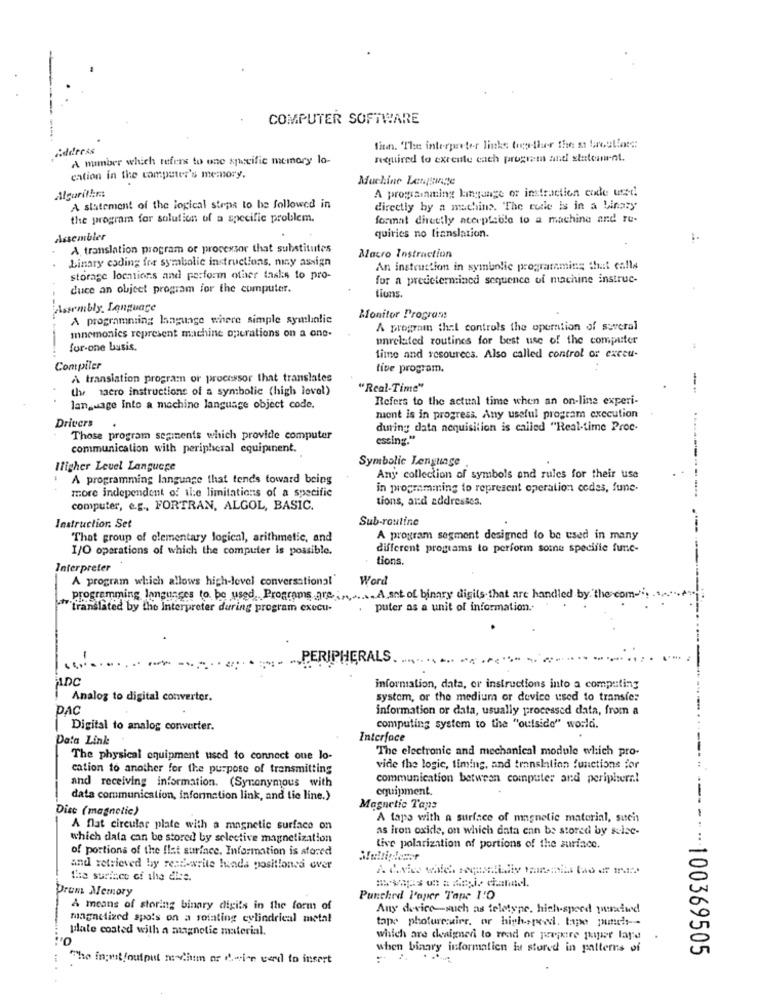
COMPUTER SOFTWARE
address
finn. The interpreter links top-ther the st barcellos ::
A number which refers to one specific memory lo-
required to exrente each program and statoun-nt.
cation in the computer's memory.
Machine Language
A programming language of instruction code used
A statement of the logical steps to be followed in
directly by a machine. "The code is in a binary
the program for solution of a specific problem.
format directly acceptable to a machine and re-
Assembler
quiries no translation.
A translation program or processor that substitutes
Linary coding fre symbolic instructions, may assign
Macro Instruction
An instruction in symbolic programming that calls
storage locations and perform other tasks to pro-
for a predetermined sequence of machine instruc-
duce an object program for the computer.
tions.
Assembly Language
A programming language where simple symlinlie
Monitor Program:
A program that controls the operation of several
mnemonics represent machine operations on a one-
unrelated routines for best use of the computer
for-one basis.
time and resources. Also called control or exceu-
Compiler
tive program.
A translation program or processor that translates
-
Uhr sacro instructions of a symbolic (high level)
"Real-Time"
Refers to the actual time when an on-line experi-
language Into a machine language object code.
Drivers
mient is in progress. Any useful program execution
during data acquisition is called "Real-time Proc-
Those program segiments which provide computer
essing."
communication with peripheral equipinent.
Symbolic Lenguage
Higher Level Language
A programming language that tends toward being
Any collection of symbols and rules for their use
more independent of the limitations of a specific
in programming to represent operation codes, fune-
tions, and addresses.
computer, e.g ., FORTRAN, ALGOL, BASIC.
Sub-routine
Instruction. Set
That group of elementary logical, arithmetic, and
A program segment designed to be used in many
I/O operations of which the computer is possible.
different programs to perform some specifie func-
tions.
Interpreter
A program which allows high-level conversational
Word
programming languages to be used Programs are in A art of binary digits that are handled by the com-
translated by the Interpreter during program execu-
puter as a unit of information.
„PERIPHERALS ...
ADC
information, data, or instructions into a computing
Analog to digital converter.
system, or the medium or device used to transfer
PAC
information or data, usually processed data, from a
|Digital to analog converter.
computing system to the "outside" world.
Data Link
Interface
The electronic and mechanical module which pro-
The physical equipment used to connect one lo-
cation to another for the purpose of transmitting
vide the logic, timing, and translation functions for
and receiving information. (Synonymous with
communication between computer and peripheral
equipment
data communication, information link, and tie line.)
Disc (magnetic)
Magnetic Tape
A tapa with a surface of magnetic material, such
A flat circular plate with a magnetic surface on
as iron oxide, on which data enn be stored by selec-
which data can be stored by selective magnetization
of portions of the flat surface. Information is stored
tive polarization of portions of the surface.
and retrieved by read-write hunda positioned over
the surface of the else.
Drum Memory
Punched l'aper Tape 1:0
A means of storing binary digits in the form of
Any device-such as teletype, high-speed pusaiwd
magnetized spots on a rotating cylindrical metal
tape phofurcuirr, or high-speed. tape punch ---
plate coated with a magnetic material.
which are chenigner to read or jegkire papier layd .
when binary information is stored in patterns of
----- 100369505
The in;mit /output machtm ar d .- in vend to insert